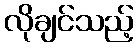
လိုချင်သည့်